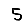
Digit: 5